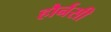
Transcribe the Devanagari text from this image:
हौर्नसी